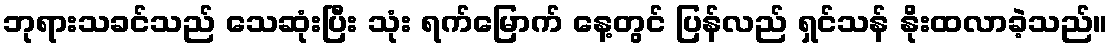
ဘုရားသခင်သည် သေဆုံးပြီး သုံး ရက်မြောက် နေ့တွင် ပြန်လည် ရှင်သန် နိုးထလာခဲ့သည်။